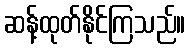
ဆန့်ထုတ်နိုင်ကြသည်။